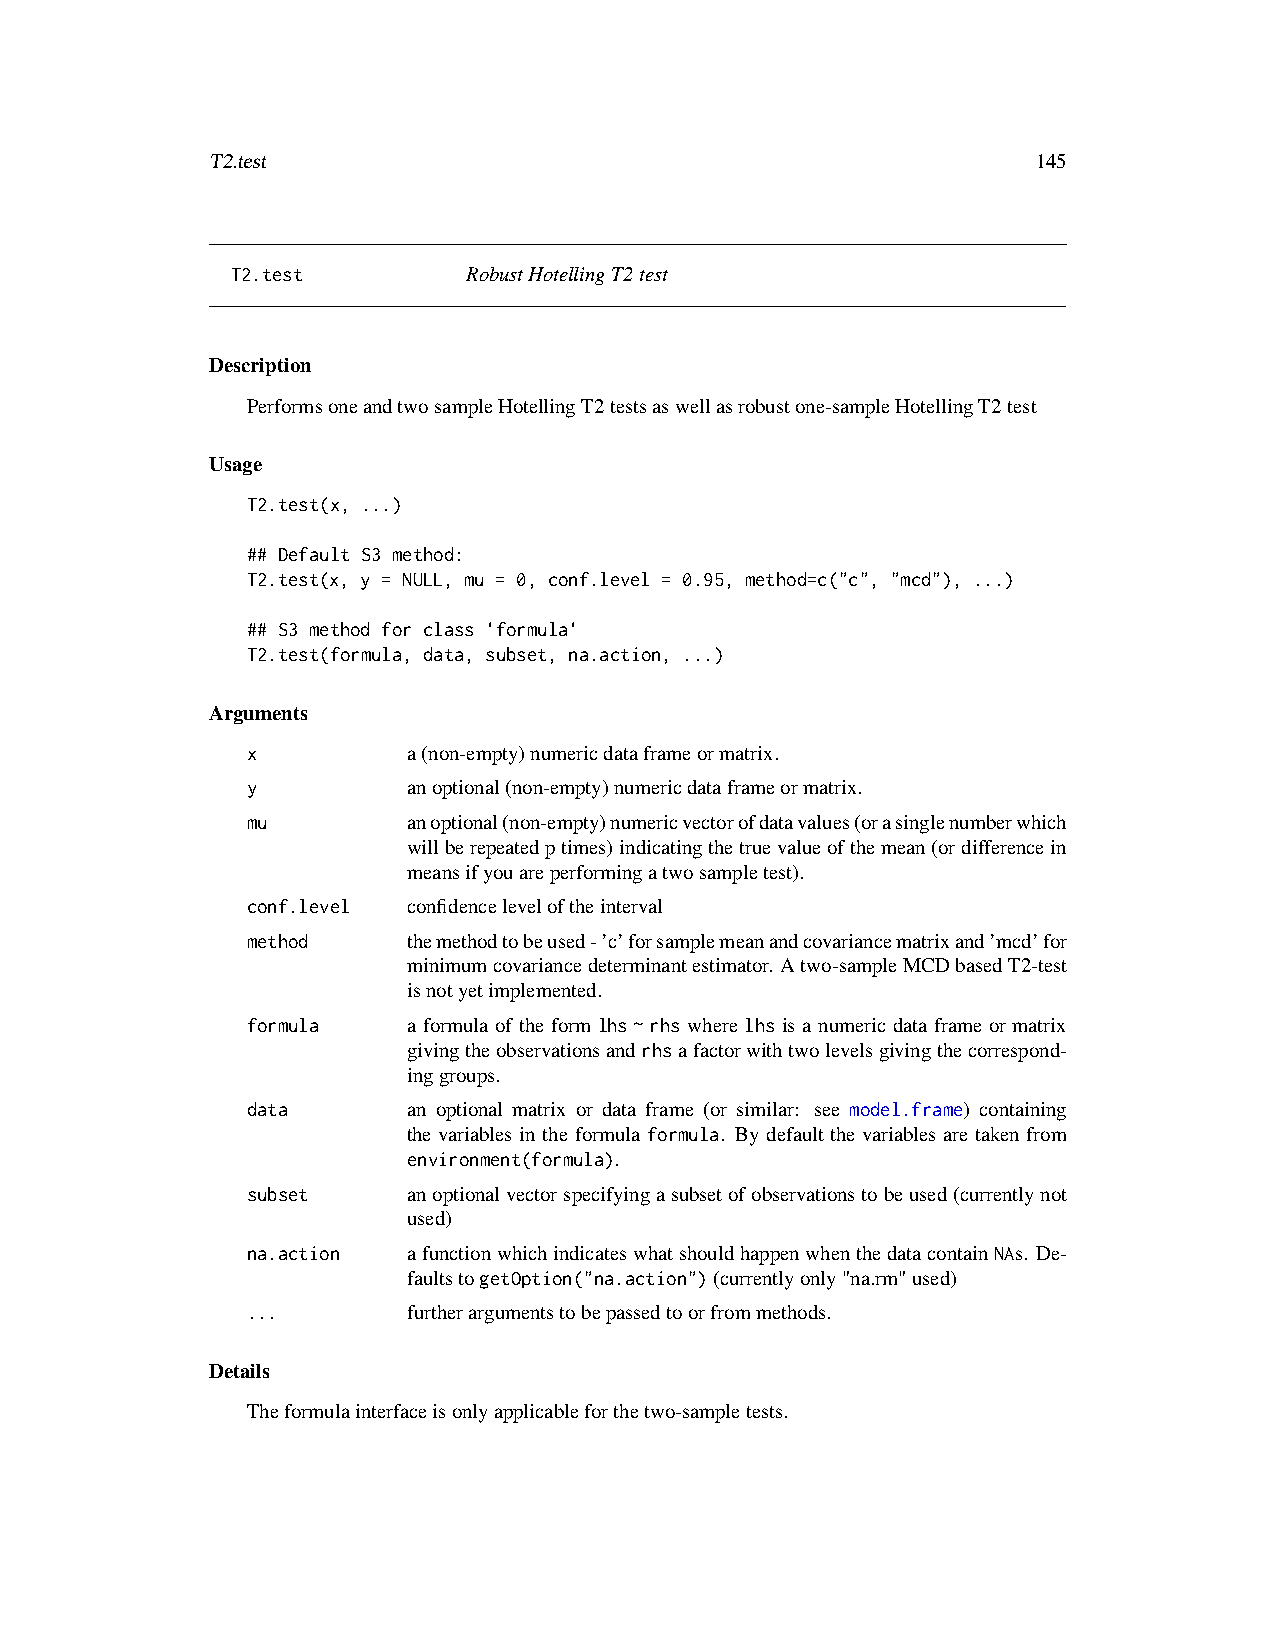
T2.test                                                145
 T2.test         RobustHotellingT2test
 Description
 PerformsoneandtwosampleHotellingT2testsaswellasrobustone-sampleHotellingT2test
 Usage
 T2.test(x, ...)
 ## Default S3 method:
 T2.test(x, y = NULL, mu = 0, conf.level = 0.95, method=c("c", "mcd"), ...)
 ## S3 method for class 'formula'
 T2.test(formula, data, subset, na.action, ...)
 Arguments
 x          a(non-empty)numericdataframeormatrix.
 y          anoptional(non-empty)numericdataframeormatrix.
 mu         anoptional(non-empty)numericvectorofdatavalues(orasinglenumberwhich
 willberepeatedptimes)indicatingthetruevalueofthemean(ordifferencein
 meansifyouareperformingatwosampletest).
 conf.level confidenceleveloftheinterval
 method     themethodtobeused-’c’forsamplemeanandcovariancematrixand’mcd’for
 minimumcovariancedeterminantestimator. Atwo-sampleMCDbasedT2-test
 isnotyetimplemented.
 formula    a formula of the form lhs~rhs where lhs is a numeric data frame or matrix
 givingtheobservationsandrhsafactorwithtwolevelsgivingthecorrespond-
 inggroups.
 data       an optional matrix or data frame (or similar: see model.frame) containing
 the variables in the formula formula. By default the variables are taken from
 environment(formula).
 subset     anoptionalvectorspecifyingasubsetofobservationstobeused(currentlynot
 used)
 na.action  afunctionwhichindicateswhatshouldhappenwhenthedatacontainNAs. De-
 faultstogetOption("na.action")(currentlyonly"na.rm"used)
 ...        furtherargumentstobepassedtoorfrommethods.
 Details
 Theformulainterfaceisonlyapplicableforthetwo-sampletests.